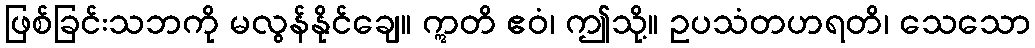
ဖြစ်ခြင်းသဘကို မလွန်နိုင်ချေ။ ဣတိ ဧဝံ၊ ဤသို့။ ဥပသံတဟရတိ၊ သေသော